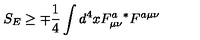
S _ { E } \geq \mp \frac { 1 } { 4 } \int d ^ { 4 } x F _ { \mu \nu } ^ { a } { } ^ { * } F ^ { a \mu \nu }